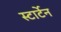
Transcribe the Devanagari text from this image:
स्टार्टेन